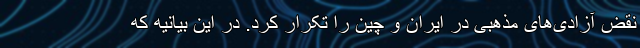
نقض آزادی‌های مذهبی در ایران و چین را تکرار کرد. در این بیانیه که